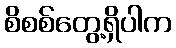
စိစစ်တွေ့ရှိပါက